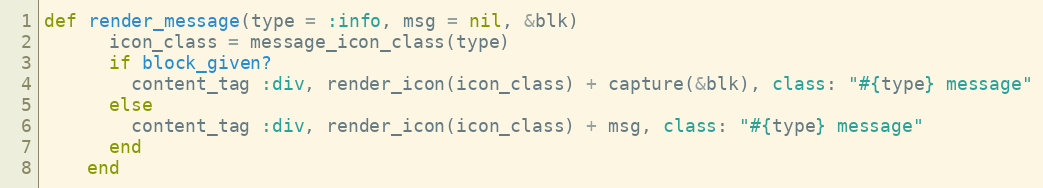
Language: Ruby
def render_message(type = :info, msg = nil, &blk)
      icon_class = message_icon_class(type)
      if block_given?
        content_tag :div, render_icon(icon_class) + capture(&blk), class: "#{type} message"
      else
        content_tag :div, render_icon(icon_class) + msg, class: "#{type} message"
      end
    end